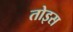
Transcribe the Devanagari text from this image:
तोइस